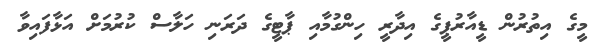
މީގެ އިތުރުން ޑީއާރުޕީގެ އިދާރީ ހިންގުމާއި ޕާޓީގެ ދަރަނި ހަލާސް ކުރުމަށް އަޅާފައިވާ